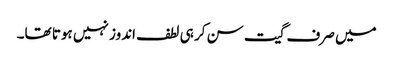
میں صرف گیت سن کر ہی لطف اندوز نہیں ہوتا تھا۔